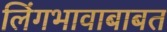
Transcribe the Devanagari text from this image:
लिंगभावाबाबत